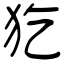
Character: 犵